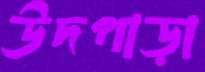
উদপাড়া